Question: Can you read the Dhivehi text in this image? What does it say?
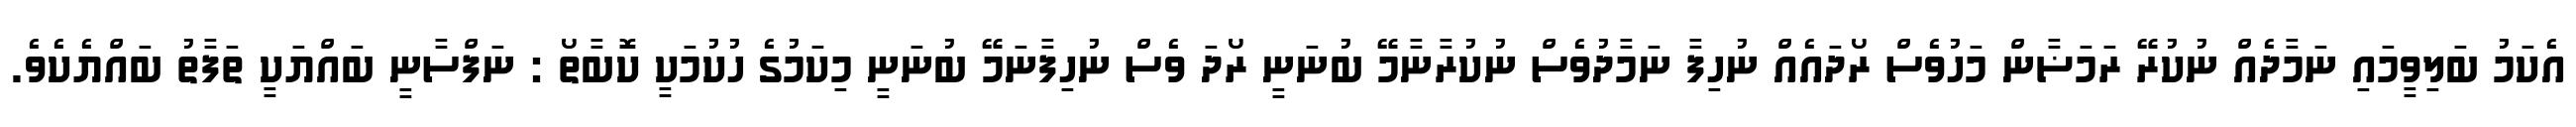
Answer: އެކަމު ބަލިވީމައި ނަމާދެއް ނުކުރޭ ރަމަޟާން މަހުވެސް ރޯދައެއް ނުހިފާ ނަމާދުވެސް ނުކުރާނާމޭ ބުނަނީ ރޯދަ ވެސް ނުހިފާނަމޭ ބުނަނީ މިކަމުގެ ހުކުމަކީ ކޮބާތޯ : ނަފްސާނީ ބައްޔަކީ ތަފާތު ބައްޔެކެވެ.